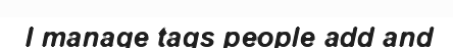
I manage tags people add and